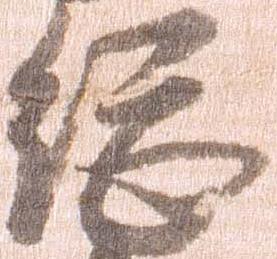
総